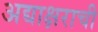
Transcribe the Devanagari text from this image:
अद्याक्षराची